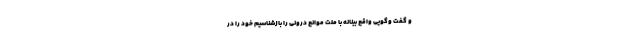
و گفت وگویی واقع بینانه با ملت موانع درونی را بازشناسیم خود را در